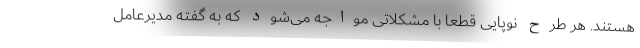
هستند. هر طرح نوپایی قطعاً با مشکلاتی مواجه می‌شود که به گفته مدیرعامل